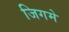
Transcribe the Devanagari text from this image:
जिगमे